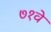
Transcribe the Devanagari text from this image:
७१वे